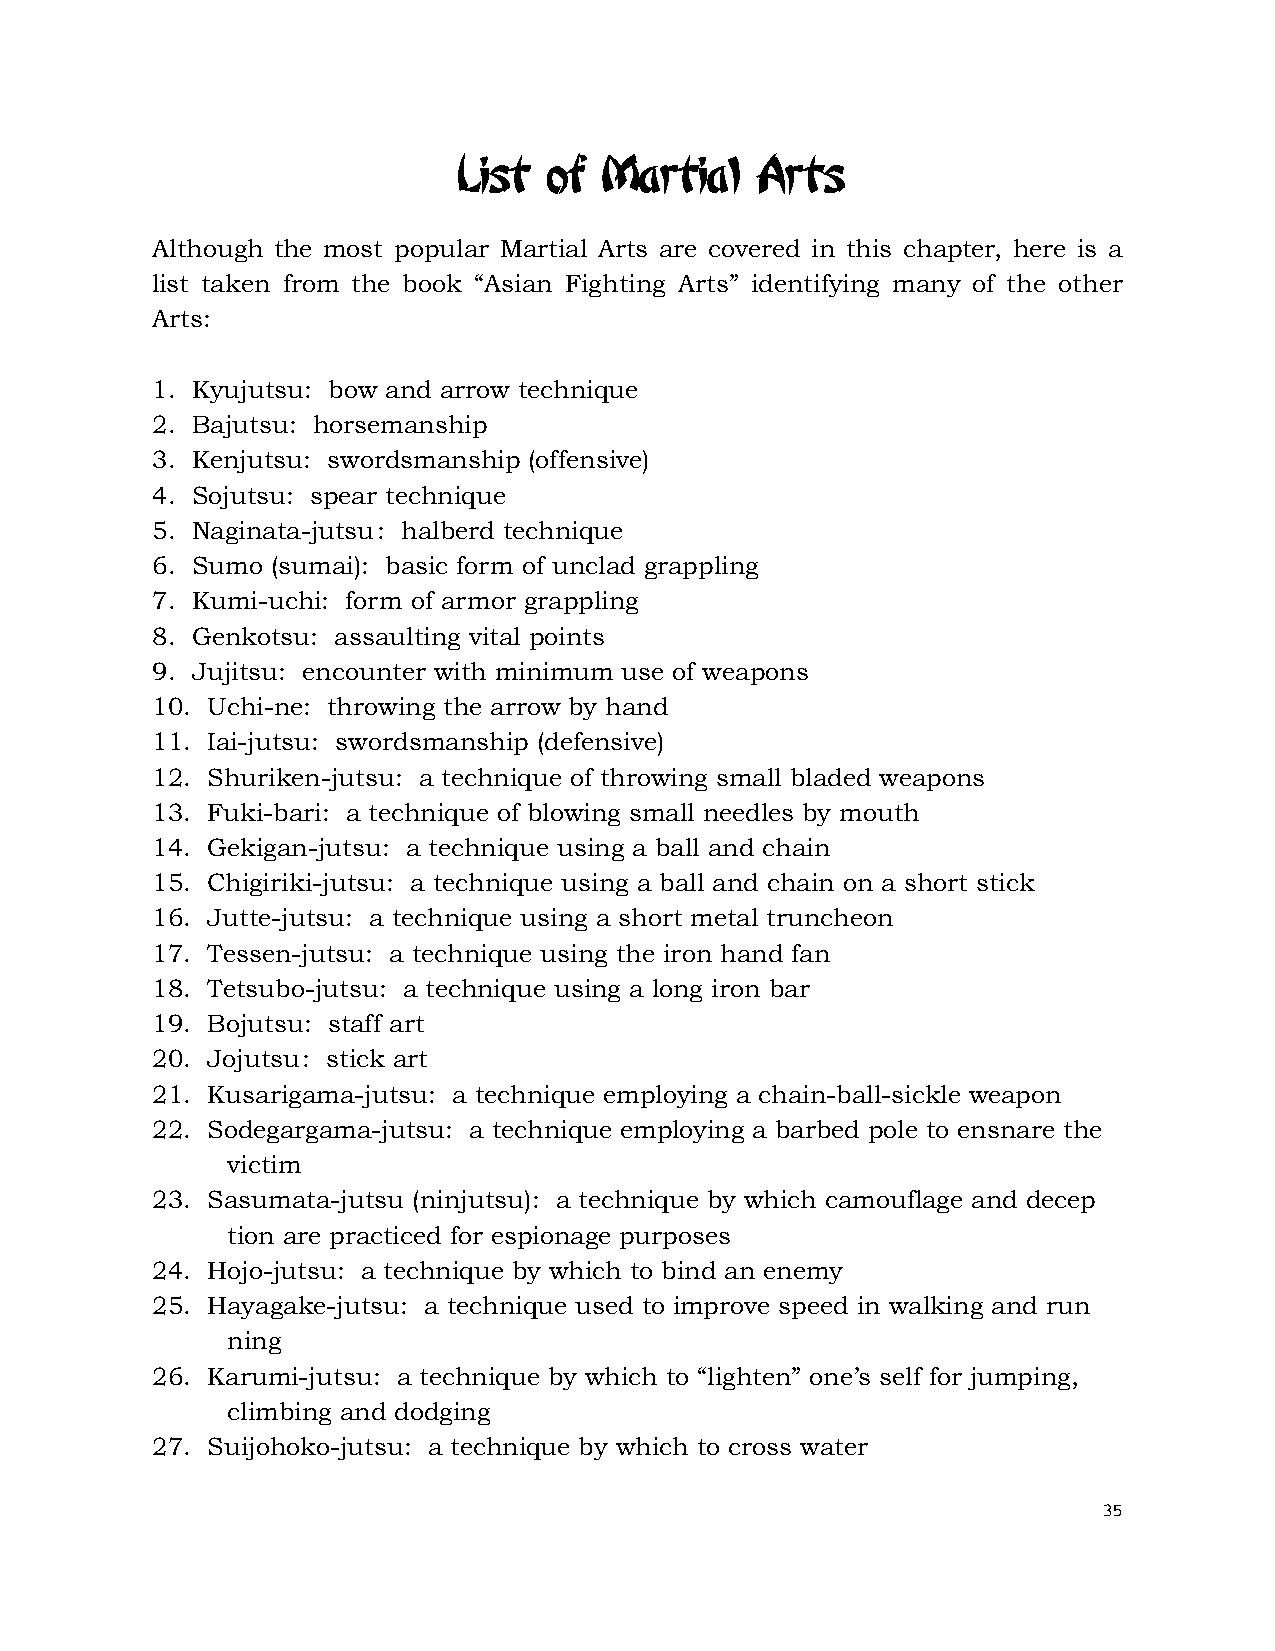
List  of  Martial   Arts
 Although the most popular Martial Arts are covered in this chapter, here is a
 list taken from the book “Asian Fighting Arts” identifying many of the other
 Arts:
 1. Kyujutsu: bow and arrow technique
 2. Bajutsu: horsemanship
 3. Kenjutsu: swordsmanship (offensive)
 4. Sojutsu: spear technique
 5. Naginata-jutsu: halberd technique
 6. Sumo (sumai): basic form of unclad grappling
 7. Kumi-uchi: form of armor grappling
 8. Genkotsu: assaulting vital points
 9. Jujitsu: encounter with minimum use of weapons
 10. Uchi-ne: throwing the arrow by hand
 11. Iai-jutsu: swordsmanship (defensive)
 12. Shuriken-jutsu: a technique of throwing small bladed weapons
 13. Fuki-bari: a technique of blowing small needles by mouth
 14. Gekigan-jutsu: a technique using a ball and chain
 15. Chigiriki-jutsu: a technique using a ball and chain on a short stick
 16. Jutte-jutsu: a technique using a short metal truncheon
 17. Tessen-jutsu: a technique using the iron hand fan
 18. Tetsubo-jutsu: a technique using a long iron bar
 19. Bojutsu: staff art
 20. Jojutsu: stick art
 21. Kusarigama-jutsu: a technique employing a chain-ball-sickle weapon
 22. Sodegargama-jutsu: a technique employing a barbed pole to ensnare the
 victim
 23. Sasumata-jutsu (ninjutsu): a technique by which camouflage and decep
 tion are practiced for espionage purposes
 24. Hojo-jutsu: a technique by which to bind an enemy
 25. Hayagake-jutsu: a technique used to improve speed in walking and run
 ning
 26. Karumi-jutsu: a technique by which to “lighten” one’s self for jumping,
 climbing and dodging
 27. Suijohoko-jutsu: a technique by which to cross water
 35